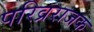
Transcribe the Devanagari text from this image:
परिव्रराजक